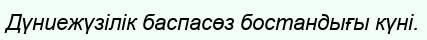
Дүниежүзілік баспасөз бостандығы күні.